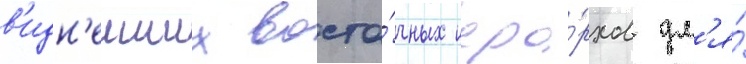
в'идн'еиших восто́чных иера́рхов дл'я́